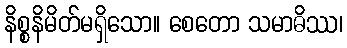
နိစ္စနိမိတ်မရှိသော။ စေတော သမာဓိဿ၊